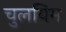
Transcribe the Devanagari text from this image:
चुलयिम